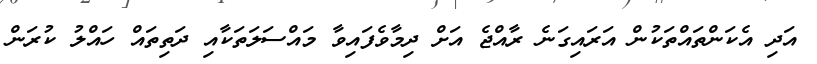
އަދި އެކަންތައްތަކުން އަރައިގަނެ ރާއްޖެ އަށް ދިމާވެފައިވާ މައްސަލަތަކާއި ދަތިތައް ހައްލު ކުރަން